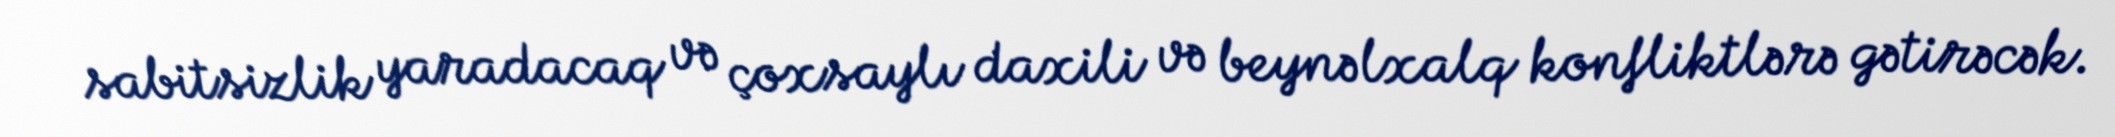
sabitsizlik yaradacaq və çoxsaylı daxili və beynəlxalq konfliktlərə gətirəcək.